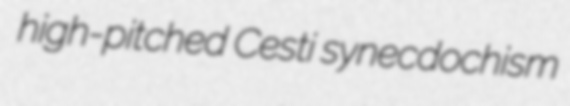
high-pitched Cesti synecdochism